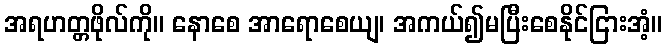
အရဟတ္တဖိုလ်ကို။ နောစေ အာရောစေယျ၊ အကယ်၍မပြီးစေနိုင်ငြားအံ့။